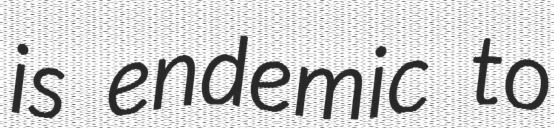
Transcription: is endemic to